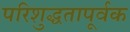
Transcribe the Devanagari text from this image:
परिशुद्धतापूर्वक